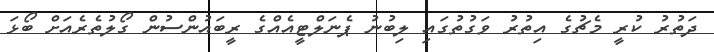
ދަތުރު ކުރީ މެޗުގެ އިތުރު ވަގުތުގައި ލިބުނު ޕެނަލްޓީއެއްގެ ރީބައުންސުން ގޯލުތެރެއަށް ބޯޅަ